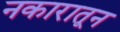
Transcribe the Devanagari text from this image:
नकारातून